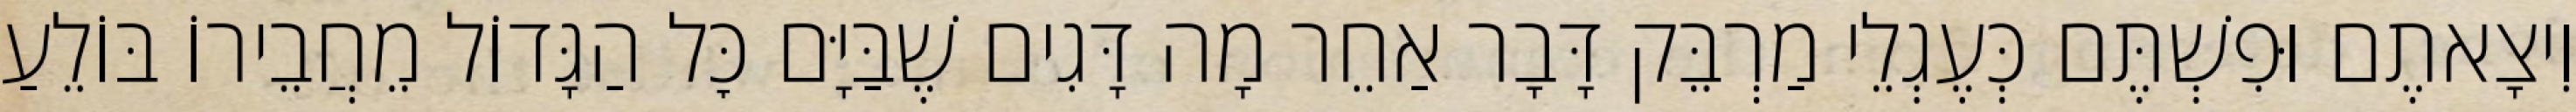
וִיצָאתֶם וּפִשְׁתֶּם כְּעֶגְלֵי מַרְבֵּק דָּבָר אַחֵר מָה דָּגִים שֶׁבַּיָּם כׇּל הַגָּדוֹל מֵחֲבֵירוֹ בּוֹלֵעַ